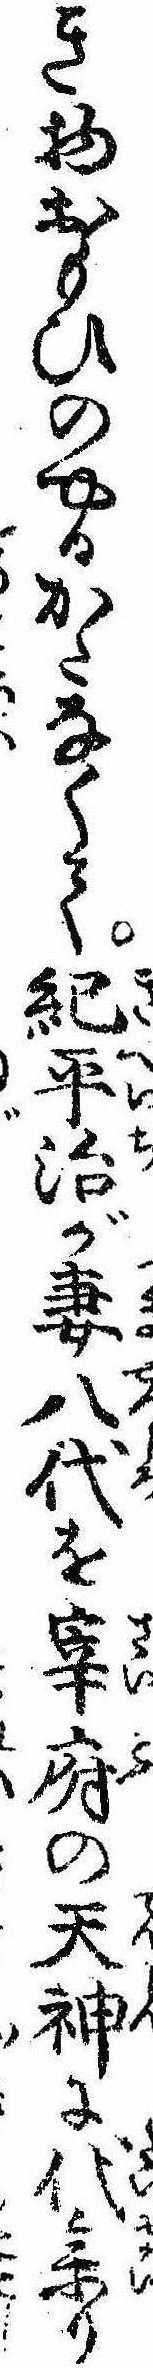
き物おもひのやるかたなくて紀平治が妻八代を宰府の天神に代参り